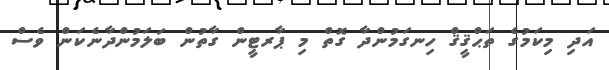
އަދި މިކަމުގެ ތަޙްޤީޤް ހިނގަމުންދާ ގޮތް މި ޕާރޓީން ގާތުން ބަލަމުންދާނެކަން ވެސް